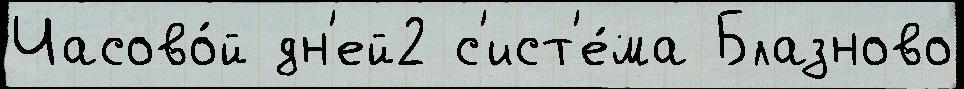
Часово́й дн'ей2 с'ист'е́ма Блазново